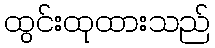
ထွင်းထုထားသည်